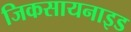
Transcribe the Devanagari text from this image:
जिकसायनाइड